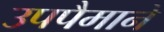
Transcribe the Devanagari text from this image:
उपपैमाने